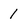
Character: 1